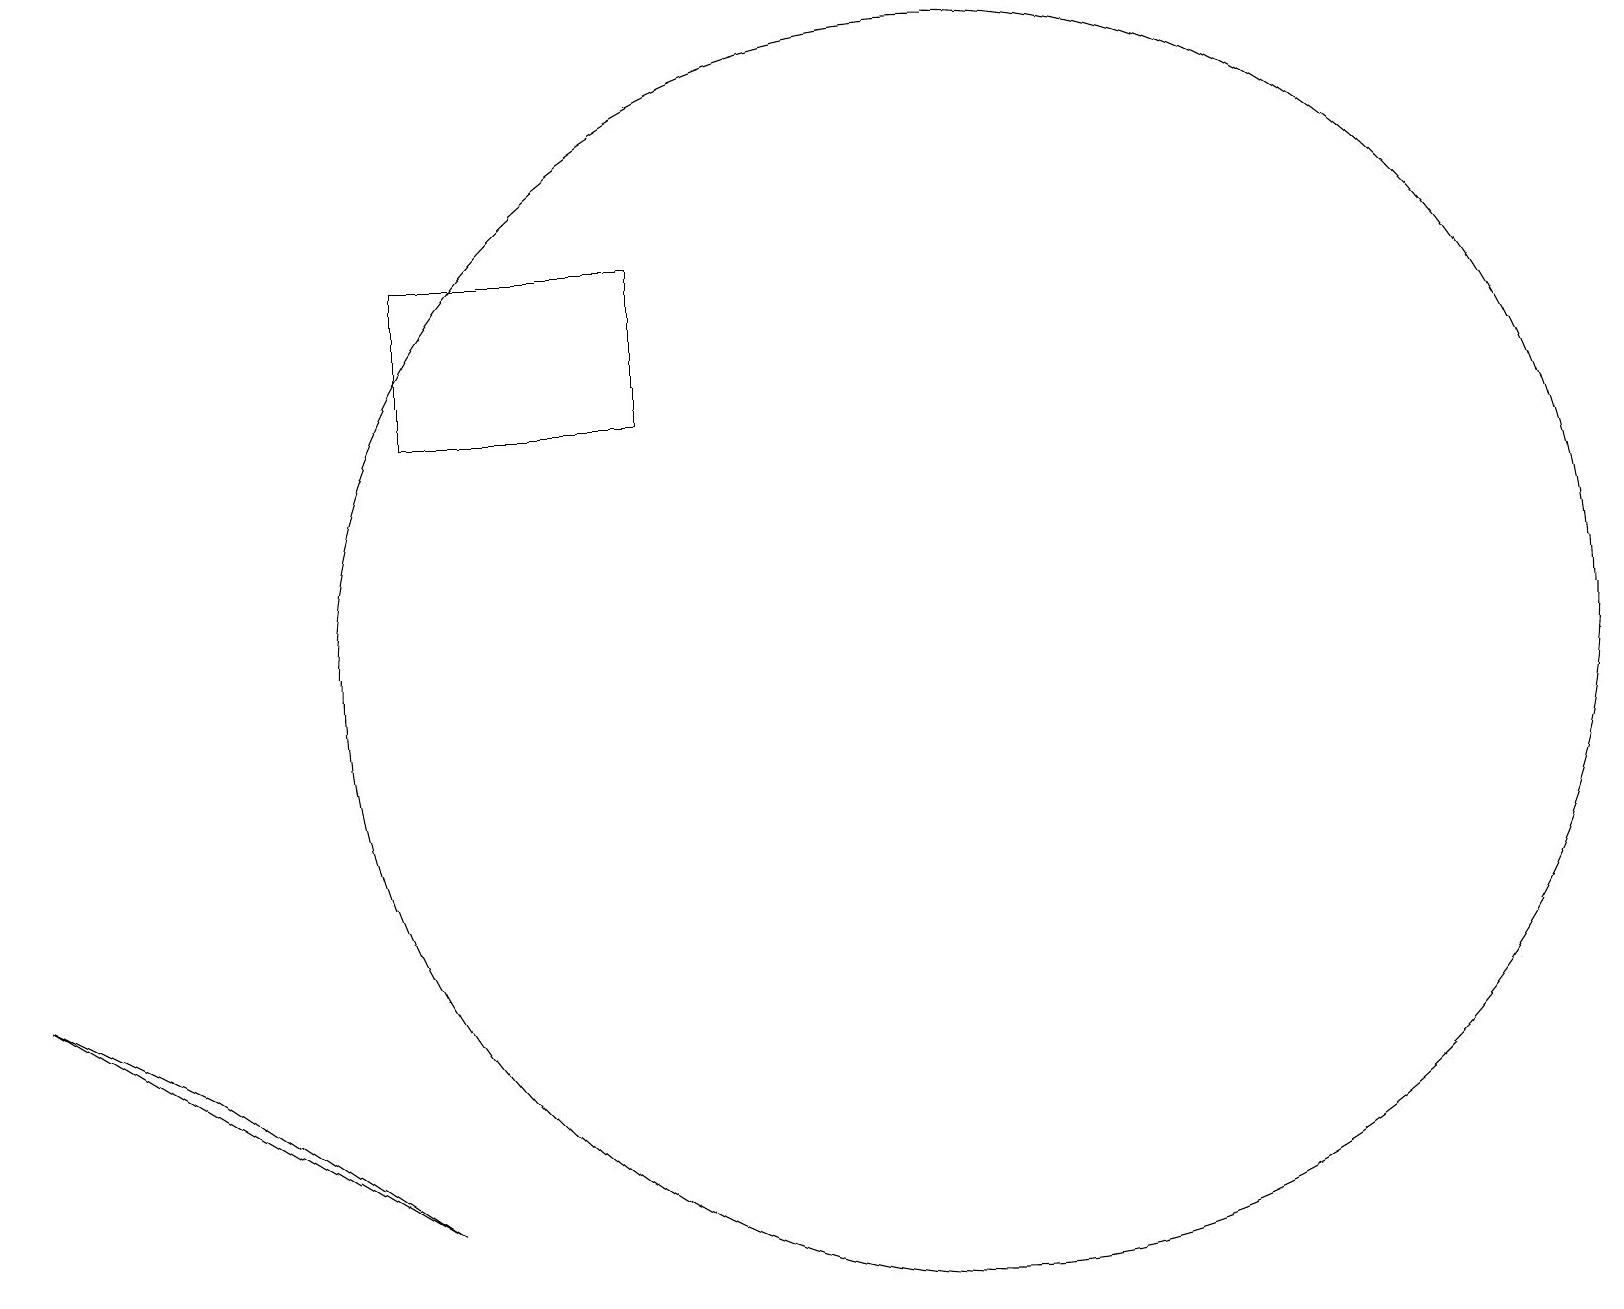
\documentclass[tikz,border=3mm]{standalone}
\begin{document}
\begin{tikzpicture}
\draw (8,15) rectangle (5,17);
\draw (5,5) -- (0,8) -- (2,7) -- cycle;
\draw (11,12) circle (0);
\draw (12,12) circle (8);
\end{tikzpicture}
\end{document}